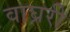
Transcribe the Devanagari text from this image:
वाघ्ररी